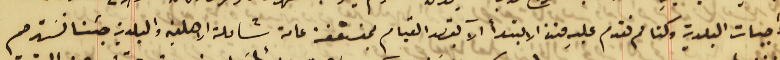
واجبات البلدية وكنا لم نقدم عليهِ منذ الابتدأ الآ بقصد القيام بمنفعة عامة شاملة الاهلية والبلدية جئنا نسَترحم